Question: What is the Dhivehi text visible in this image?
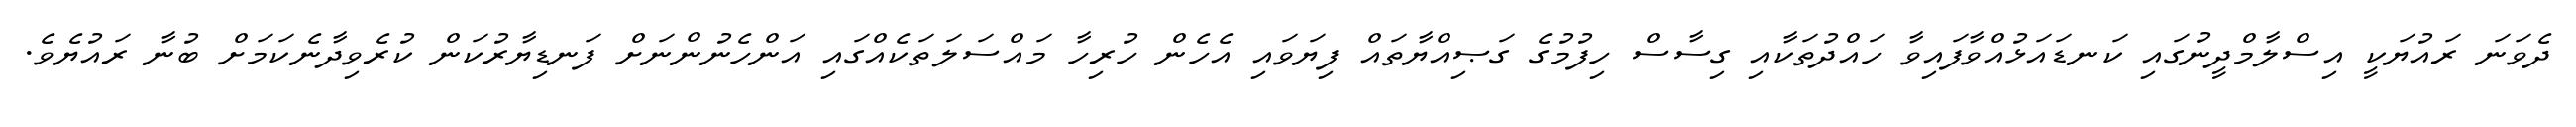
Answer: ދެވަނަ ރައުޔަކީ އިސްލާމްދީނުގައި ކަނޑައަޅުއްވާފައިވާ ހައްދުތަކާއި ގިސާސް ހިފުމުގެ ގަޞިއްޔާތައް ފިޔަވައި އެހެން ހުރިހާ މައްސަލަތަކެއްގައި އަންހެނުންނަށް ފަނޑިޔާރުކަން ކުރެވިދާނެކަމަށް ބުނާ ރައުޔެވެ.